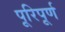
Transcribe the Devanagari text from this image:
पूरिपूर्ण